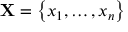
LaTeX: \mathbf { X } = \left\lbrace x _ { 1 } , \dots , x _ { n } \right\rbrace